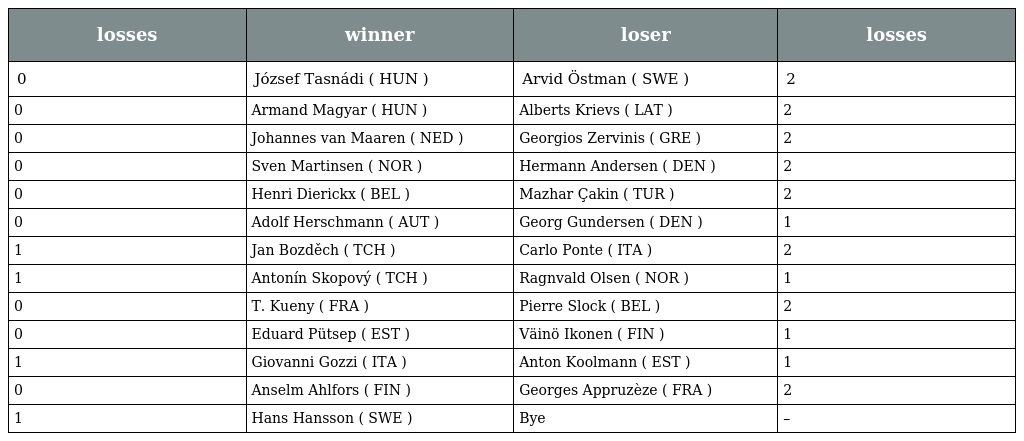
| losses | winner | loser | losses |
 | --- | --- | --- | --- |
 | 0 | József Tasnádi ( HUN ) | Arvid Östman ( SWE ) | 2 |
 | 0 | Armand Magyar ( HUN ) | Alberts Krievs ( LAT ) | 2 |
 | 0 | Johannes van Maaren ( NED ) | Georgios Zervinis ( GRE ) | 2 |
 | 0 | Sven Martinsen ( NOR ) | Hermann Andersen ( DEN ) | 2 |
 | 0 | Henri Dierickx ( BEL ) | Mazhar Çakin ( TUR ) | 2 |
 | 0 | Adolf Herschmann ( AUT ) | Georg Gundersen ( DEN ) | 1 |
 | 1 | Jan Bozděch ( TCH ) | Carlo Ponte ( ITA ) | 2 |
 | 1 | Antonín Skopový ( TCH ) | Ragnvald Olsen ( NOR ) | 1 |
 | 0 | T. Kueny ( FRA ) | Pierre Slock ( BEL ) | 2 |
 | 0 | Eduard Pütsep ( EST ) | Väinö Ikonen ( FIN ) | 1 |
 | 1 | Giovanni Gozzi ( ITA ) | Anton Koolmann ( EST ) | 1 |
 | 0 | Anselm Ahlfors ( FIN ) | Georges Appruzèze ( FRA ) | 2 |
 | 1 | Hans Hansson ( SWE ) | Bye | – |